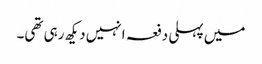
میں پہلی دفعہ انہیں دیکھ رہی تھی۔